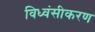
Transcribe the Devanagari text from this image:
विध्वंसीकरण